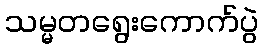
သမ္မတရွေးကောက်ပွဲ